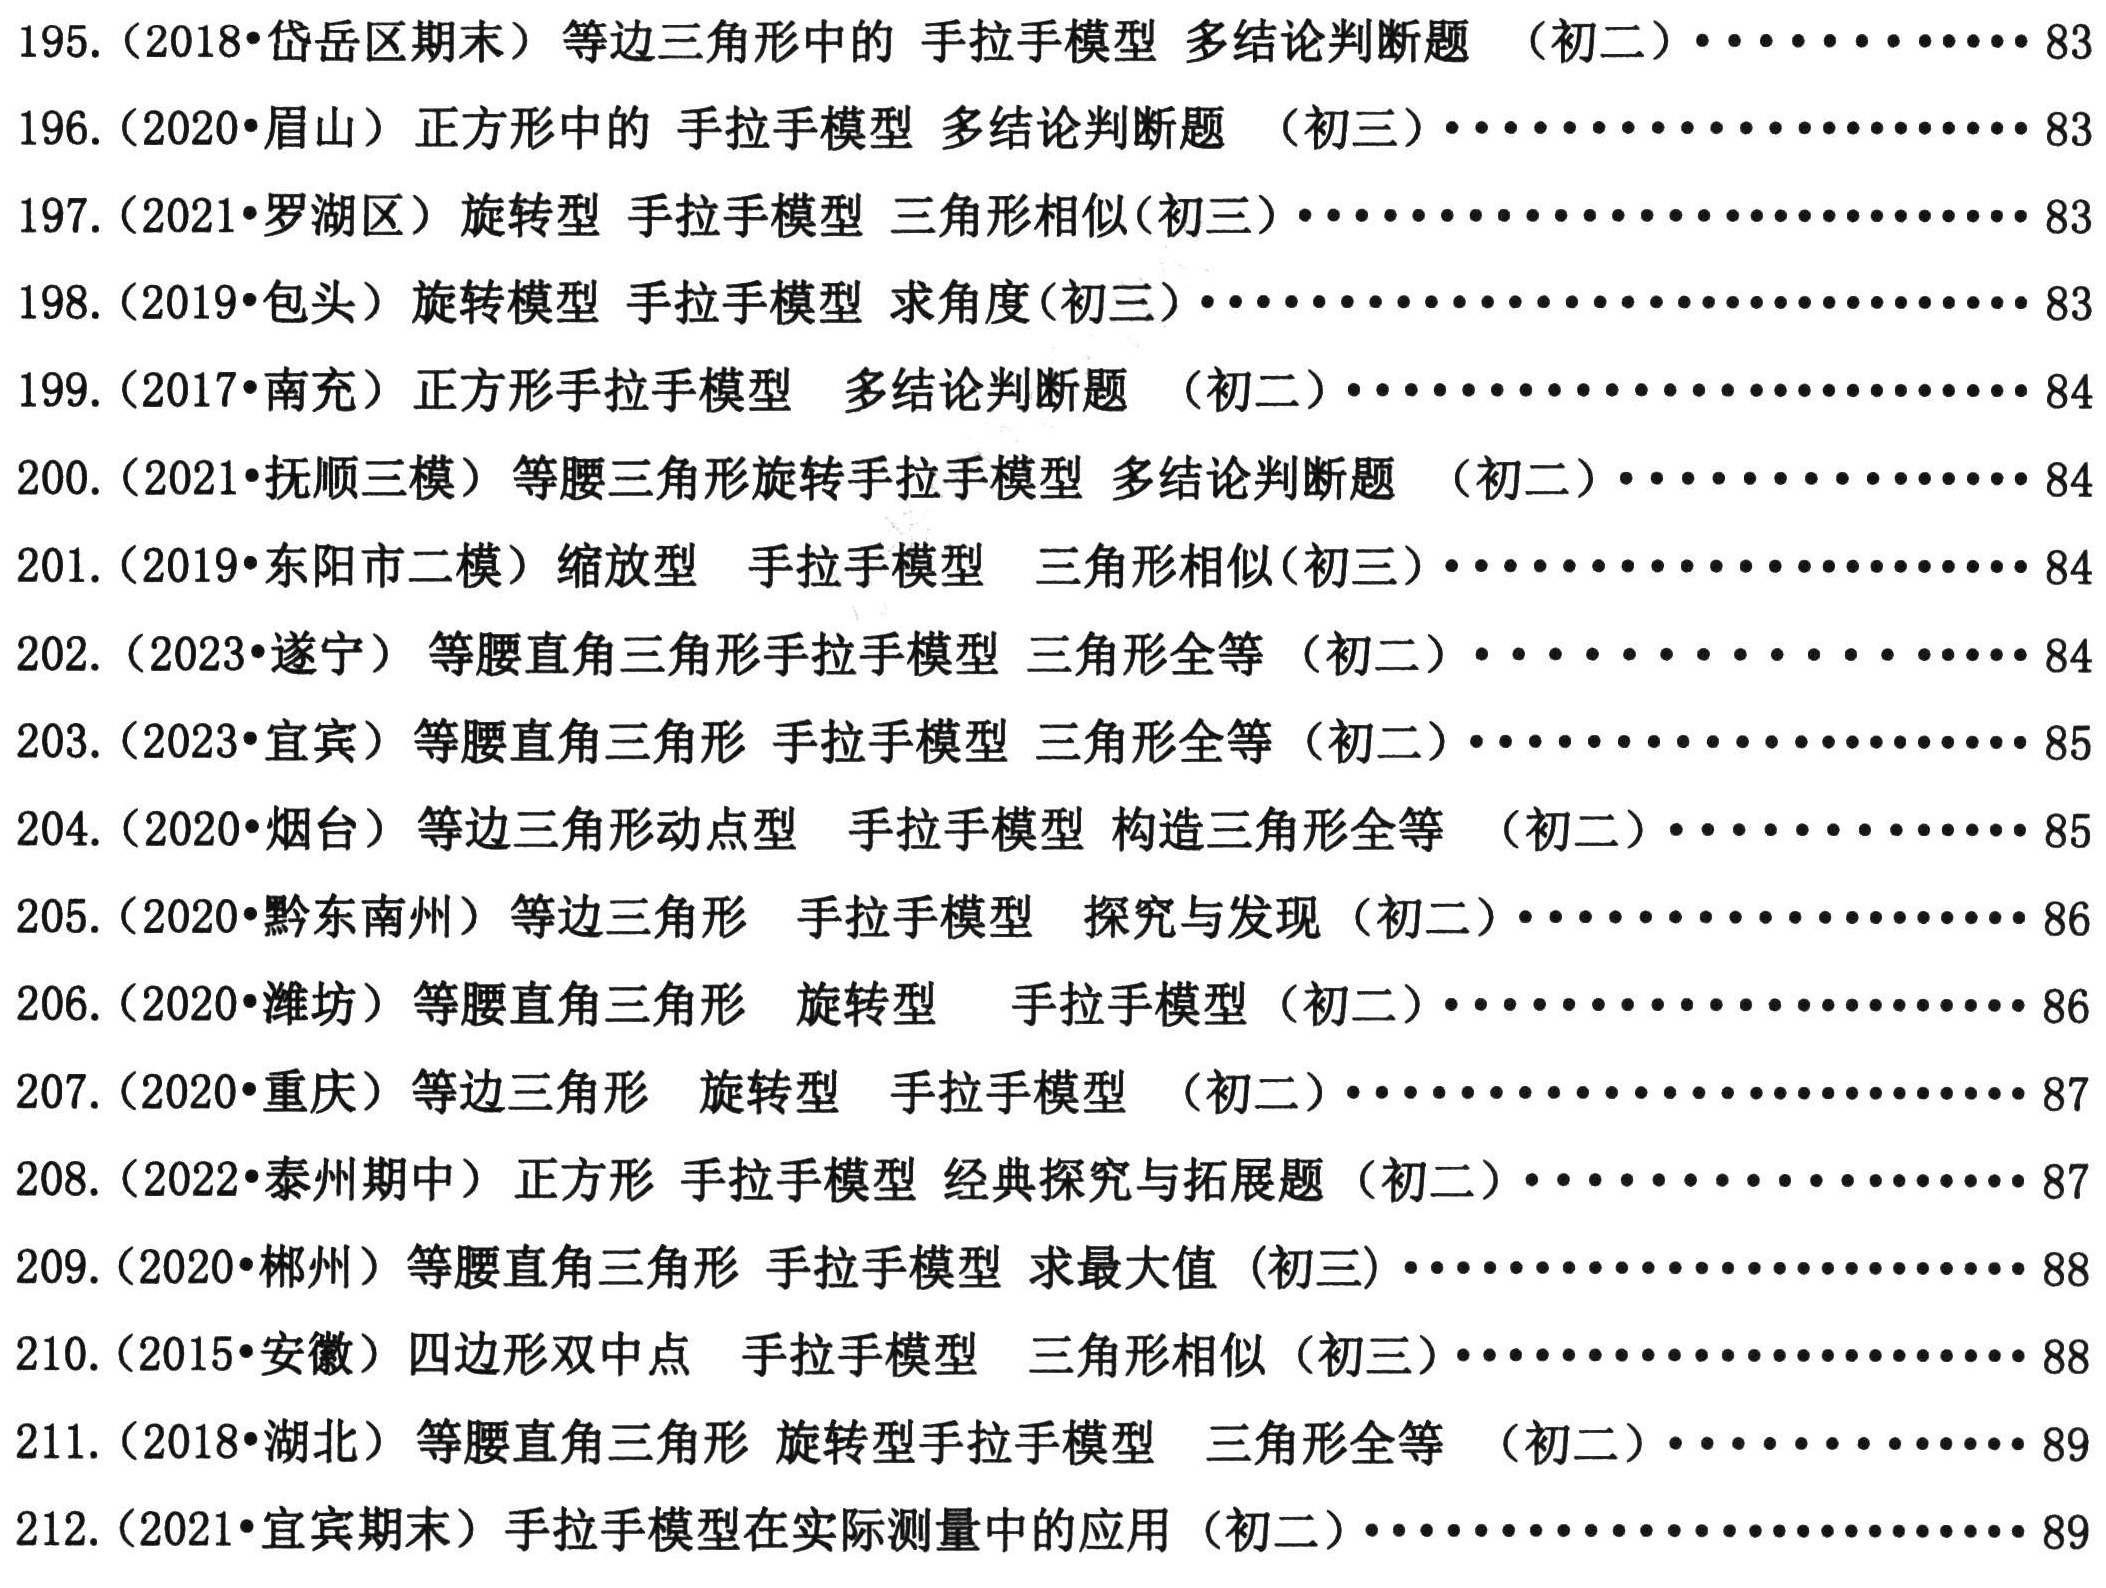
195. (2018•岱岳区期末) 等边三角形中的 手拉手模型 多结论判断题 （初二）........................ 83

196. (2020•眉山区) 正方形中的 手拉手模型 多结论判断题 （初三）........................ 83

197. (2021•罗湖区) 旋转型 手拉手模型 三角形相似(初三).............................. 83

198. (2019•包头) 旋转模型 手拉手模型 求角度(初三).............................. 83

199. (2017•南充) 正方形手拉手模型 多结论判断题 （初二）........................ 84

200. (2021•抚顺三模）等腰三角形旋转手拉手模型 多结论判断题 （初二）...................... 84

201. (2019•东阳市二模) 缩放型 手拉手模型 三角形相似(初三)........................ 84

202. (2023•遂宁市) 等腰直角三角形手拉手模型 三角形全等 （初二）........................ 84

203. (2023•遂宁) 等腰直角三角形手拉手模型 三角形全等 （初二）........................ 84

203. (2023•宜宾) 等腰直角三角形 手拉手模型 三角形全等 （初二）........................ 85

204. (2020•烟台) 等边三角形动点型 手拉手模型 构造三角形全等 （初二）..................... 85

205. (2020•黔东南州) 等边三角形 手拉手模型 探究与发现 .............................. 85

206. (2020•潍坊) 等腰直角三角形 旋转型 手拉手模型 （初二）........................ 86

207. (2020•重庆) 等边三角形 旋转型 手拉手模型 .............................. 86

208. (2022•泰州期中）正方形 手拉手模型 经典探究与拓展题 （初二）........................ 87

209. (2020•郴州) 等腰直角三角形手拉手模型 求最大值 (初三)........................ 87

210. (2015•安徽）四边形双中点 手拉手模型 三角形相似 (初三)........................ 88

211. (2018•湖北）等腰直角三角形 旋转型手拉手模型 三角形全等 （初二）..................... 89

212. (2021•宜宾期末）手拉手模型在实际测量中的应用 （初二）........................ 89